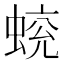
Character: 𧍄